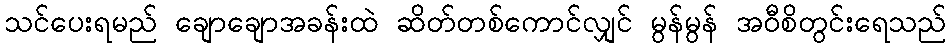
သင်ပေးရမည် ချောချောအခန်းထဲ ဆိတ်တစ်ကောင်လျှင် မွန်မွန် အဝီစိတွင်းရေသည်